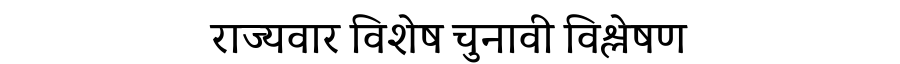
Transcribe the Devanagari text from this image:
राज्यवार विशेष चुनावी विश्लेषण